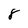
Character: 8